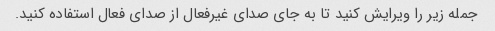
جمله زیر را ویرایش کنید تا به جای صدای غیرفعال از صدای فعال استفاده کنید.